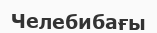
Челебибағы